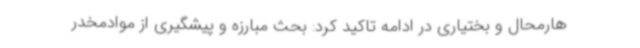
هارمحال و بختیاری در ادامه تاکید کرد: بحث مبارزه و پیشگیری از موادمخدر